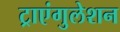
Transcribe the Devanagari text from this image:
ट्राएंगुलेशन